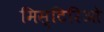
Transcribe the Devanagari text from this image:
मिस्टिरिओ